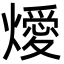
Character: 燰